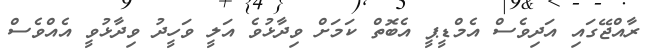
ރާއްޖޭގައި އަދިވެސް އެމްޑީޕީ އެބޮތް ކަމަށް ވިދާޅުވެ އަލީ ވަހީދު ވިދާޅުވީ އެއްވެސް